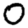
Digit: 0